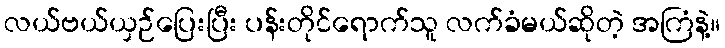
လယ်ဗယ်ယှဉ်ပြေးပြီး ပန်းတိုင်ရောက်သူ လက်ခံမယ်ဆိုတဲ့ အကြံနဲ့။